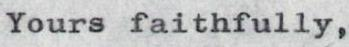
Yours faithfully,